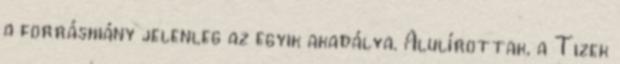
a forráshiány jelenleg az egyik akadálya. Alulírottak, a Tizek